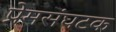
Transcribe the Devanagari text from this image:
प्रेमसंघटक